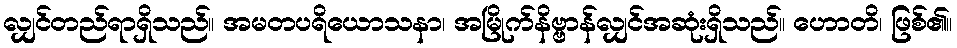
လျှင်တည်ရာရှိသည်။ အမတပရိယောသနာ၊ အမြိုက်နိဗ္ဗာန်လျှင်အဆုံးရှိသည်။ ဟောတိ၊ ဖြစ်၏။